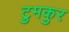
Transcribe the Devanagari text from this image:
टुमकुर